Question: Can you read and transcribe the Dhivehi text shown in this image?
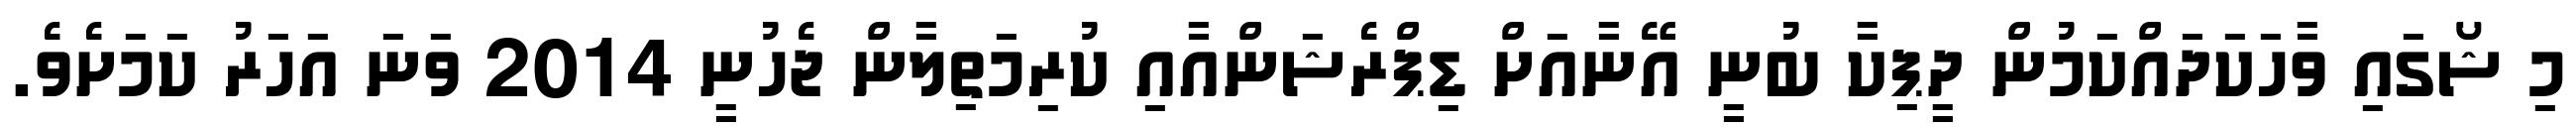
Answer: މި ޝޯގައި ވާހަކަދައްކަމުން ދީޕިކާ ބުނީ އޭނާއަށް ޑިޕްރެޝަންއާއި ކުރިމަތިލާން ޖެހުނީ 2014 ވަނަ އަހަރު ކަމަށެވެ.